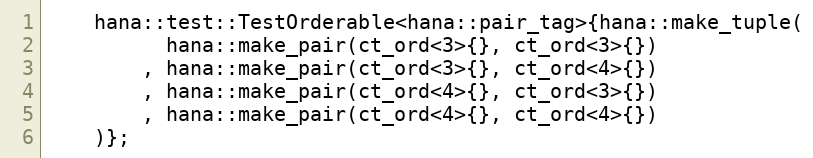
Language: C++
    hana::test::TestOrderable<hana::pair_tag>{hana::make_tuple(
          hana::make_pair(ct_ord<3>{}, ct_ord<3>{})
        , hana::make_pair(ct_ord<3>{}, ct_ord<4>{})
        , hana::make_pair(ct_ord<4>{}, ct_ord<3>{})
        , hana::make_pair(ct_ord<4>{}, ct_ord<4>{})
    )};